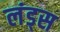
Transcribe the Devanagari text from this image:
लंड्स